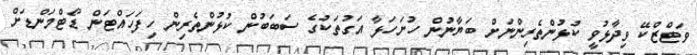
ވަޓްޒްކޭ ވިދާޅުވީ ކުޅުންތެރިންނަށް ބަޔާނުން ހުށަހަޅާ އަގުތަކުގެ ސަބަބުން ކުޅުންތެރިން ހިފަހައްޓަން ޑޯޓްމަންޑަށް